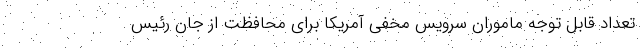
تعداد قابل توجه ماموران سرویس مخفی آمریکا برای محافظت از جان رئیس